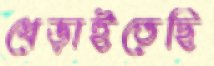
ধেড়াইতেছি